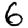
Digit: 6